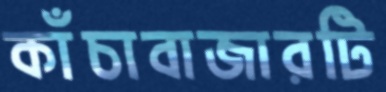
কাঁচাবাজারটি